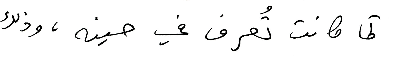
كما كانت تُعرف في حينه، وذلك